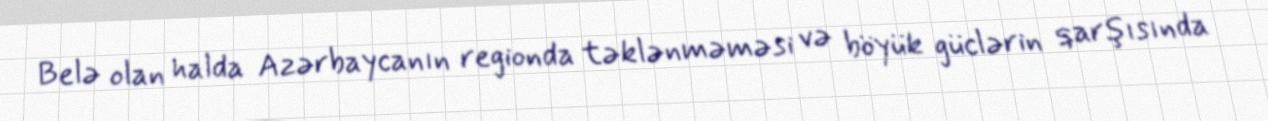
Belə olan halda Azərbaycanın regionda təklənməməsi və böyük güclərin qarşısında